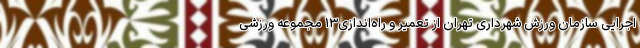
اجرایی سازمان ورزش شهرداری تهران از تعمیر و راه‌اندازی۱۳ مجموعه ورزشی